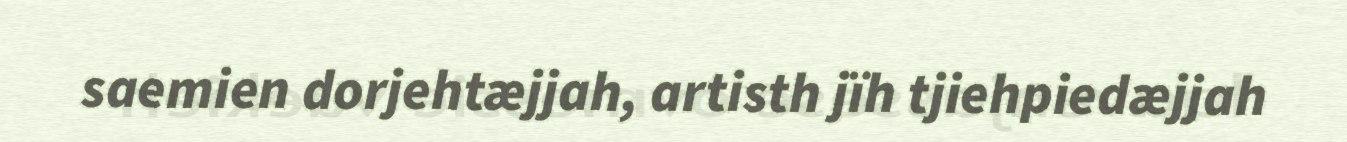
saemien dorjehtæjjah, artisth jïh tjiehpiedæjjah